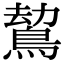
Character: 𪁍